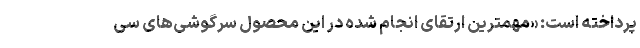
پرداخته است: «مهمترین ارتقای انجام شده در این محصول سرگوشی‌های سی